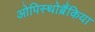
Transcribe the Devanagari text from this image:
ओपिस्थोब्रैंकिया